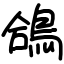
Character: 鴿